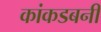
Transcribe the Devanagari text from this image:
कांकडबनी